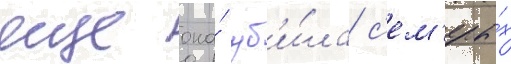
еще она́ уб'и́ла с'ем'еры́х